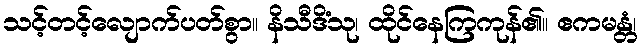
သင့်တင့်လျောက်ပတ်စွာ။ နိသီဒိံသု၊ ထိုင်နေကြကုန်၏။ ဧကမန္တံ၊